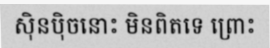
ស៊ិនប៉ិចនោះ មិនពិតទេ ព្រោះ